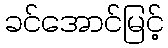
ခင်အောင်မြင့်